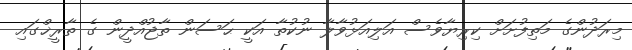
މިރަދުންގެ މަތިފުށަށް ކިރިޔާވެސް އަލިއަޅުވާލާ ނުކުތާ އަކީ ޙަސަން ތާޖުއްދީން ގެ ތާރީޚްގައި